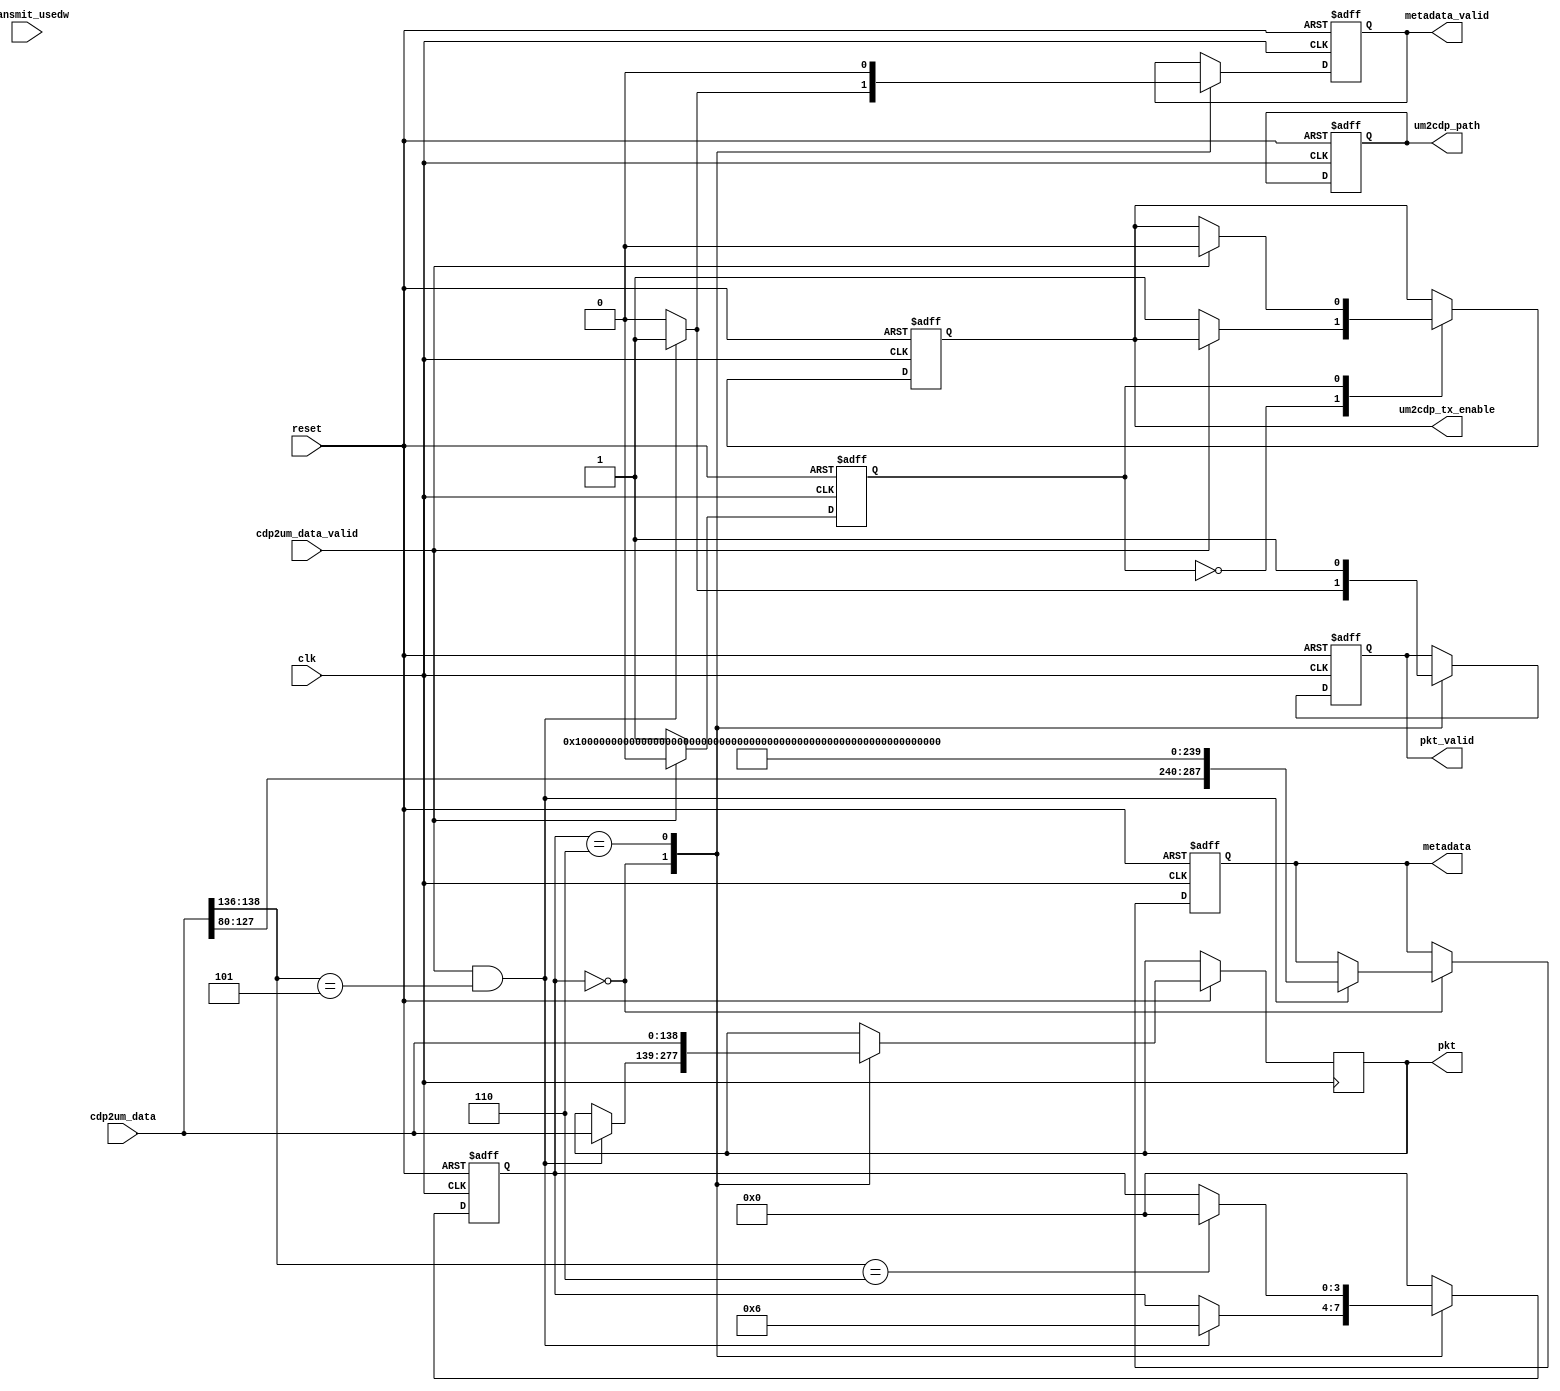
//
//  parser module
//  bv2.0_programmable
//
//  Created by LiJunnan on 16/9/15.
//  Copyright (c) 2016year LiJunnan. All rights reserved.
//

`timescale 1ns/1ps

module parser(
clk,
reset,
um2cdp_path,
cdp2um_data_valid,
cdp2um_data,
um2cdp_tx_enable,
metadata_valid,
metadata,
pkt_valid,
pkt,
transmit_usedw
);

parameter   width_meta = 288;// packet_metadata(descriptor)

input         clk;
input         reset;
output        um2cdp_path;
input         cdp2um_data_valid;
input [138:0] cdp2um_data;
output        um2cdp_tx_enable;

output        metadata_valid;
output[width_meta-1:0]  metadata;

output        pkt_valid;
output[138:0] pkt;
input [7:0]   transmit_usedw;

//------------------reg------------//
reg           um2cdp_path; //"0":packet from cdp to UM;
reg           um2cdp_tx_enable;
reg           metadata_valid;
reg   [width_meta-1:0]   metadata;


reg           pkt_valid;// from parser to transmit;
reg   [138:0] pkt;



//-----------------state------------------//
reg   [3:0]   parser_state;// parser state machine 

parameter     idle            = 4'd0,
              parser_eth_s    = 4'd1,
              parser_ip_1_s   = 4'd2,
              parser_ip_2_s   = 4'd3,
              parser_vlan_1_s = 4'd4,
              parser_vlan_2_s = 4'd5,
              pkt_trans_s     = 4'd6,
              
              discard_s       = 4'd7;


reg           cdp2um_state;// receive pkt from cdp 


//----------------------parser_state-------------------------//
always @ (posedge clk or negedge reset)
begin
    if(!reset)
      begin
			   metadata_valid  <= 1'b0;
			   metadata        <= {width_meta{1'b0}};
			   um2cdp_path	    <= 1'b0;
			   pkt_valid       <= 1'b0;
			   
			   parser_state    <= idle;
      end
    else
      begin
          case(parser_state)
            idle:
            begin
                if((cdp2um_data_valid == 1'b1) && (cdp2um_data[138:136] == 3'b101)) begin
                    metadata_valid <= 1'b1;
                    metadata  <= {cdp2um_data[127:80],{(width_meta-48){1'b1}}};
                    
                    pkt_valid <= 1'b1;
                    pkt <= cdp2um_data;
                    
                    parser_state <= pkt_trans_s;
                  end
                else begin
                    metadata_valid <= 1'b0;
                    pkt_valid <= 1'b0;
                  end
            end
            pkt_trans_s:
            begin
                pkt_valid <= 1'b1;
					 metadata_valid <= 1'b0;
                pkt <= cdp2um_data;
                if(cdp2um_data[138:136] == 3'b110)
                  begin
                      parser_state  <= idle;
                  end
            end
            default:
            begin
                parser_state <= idle;
            end
          endcase
      end
end

//-------------------cdp2um_state-------------------//
always @ (posedge clk or negedge reset)
begin
    if(!reset)
      begin
        um2cdp_tx_enable  <= 1'b0;
        cdp2um_state      <= 1'b0;
      end
    else
      begin
        case(cdp2um_state)
          1'b0:
          begin
              if(cdp2um_data_valid == 1'b0)
                begin
                    um2cdp_tx_enable  <= 1'b1;
                    cdp2um_state      <= 1'b1;
                end
          end
          1'b1:
          begin
              if(cdp2um_data_valid == 1'b1)
                begin
                    um2cdp_tx_enable  <= 1'b0;
                    cdp2um_state      <= 1'b0;
                end
          end
        endcase
      end
end





























endmodule